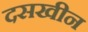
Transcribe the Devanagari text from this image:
दसखीन